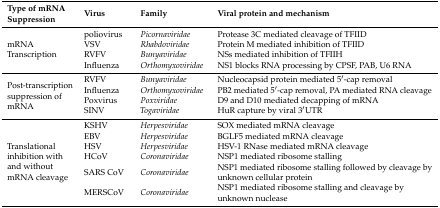
<table><thead><tr><td><b>Type of mRNA Suppression</b></td><td><b>Virus</b></td><td><b>Family</b></td><td><b>Viral protein and mechanism</b></td></tr></thead><tbody><tr><td rowspan="4">mRNA Transcription</td><td>poliovirus</td><td><i>Picornaviridae</i></td><td>Protease 3C mediated cleavage of TFIID</td></tr><tr><td>VSV</td><td><i>Rhabdoviridae</i></td><td>Protein M mediated inhibition of TFIID</td></tr><tr><td>RVFV</td><td><i>Bunyaviridae</i></td><td>NSs mediated inhibition of TFIIH</td></tr><tr><td>Influenza</td><td><i>Orthomyxoviridae</i></td><td>NS1 blocks RNA processing by CPSF, PAB, U6 RNA</td></tr><tr><td rowspan="3">Post-transcription suppression of mRNA</td><td>RVFV</td><td><i>Bunyaviridae</i></td><td>Nucleocapsid protein mediated 5′-cap removal</td></tr><tr><td>Influenza</td><td><i>Orthomyxoviridae</i></td><td>PB2 mediated 5′-cap removal, PA mediated RNA cleavage</td></tr><tr><td>PoxvirusSINV</td><td><i>Poxviridae</i><i>Togaviridae</i></td><td>D9 and D10 mediated decapping of mRNAHuR capture by viral 3′UTR</td></tr><tr><td rowspan="6">Translational inhibition with and without mRNA cleavage</td><td>KSHV</td><td><i>Herpesviridae</i></td><td>SOX mediated mRNA cleavage</td></tr><tr><td>EBV</td><td><i>Herpesviridae</i></td><td>BGLF5 mediated mRNA cleavage</td></tr><tr><td>HSV</td><td><i>Herpesviridae</i></td><td>HSV-1 RNase mediated mRNA cleavage</td></tr><tr><td>HCoV</td><td><i>Coronaviridae</i></td><td>NSP1 mediated ribosome stalling</td></tr><tr><td>SARS CoV</td><td><i>Coronaviridae</i></td><td>NSP1 mediated ribosome stalling followed by cleavage by unknown cellular protein</td></tr><tr><td>MERSCoV</td><td><i>Coronaviridae</i></td><td>NSP1 mediated ribosome stalling and cleavage by unknown nuclease</td></tr></tbody></table>